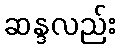
ဆန္ဒလည်း